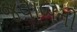
જવાબની